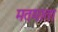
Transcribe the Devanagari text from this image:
मतमाता